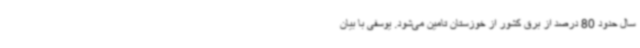
سال حدود 80 درصد از برق کشور از خوزستان تامین می‌شود. یوسفی با بیان